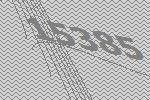
15385